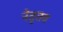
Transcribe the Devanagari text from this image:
नेतृतव